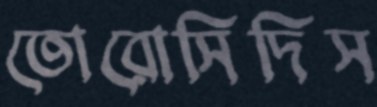
তোরোসিদিস